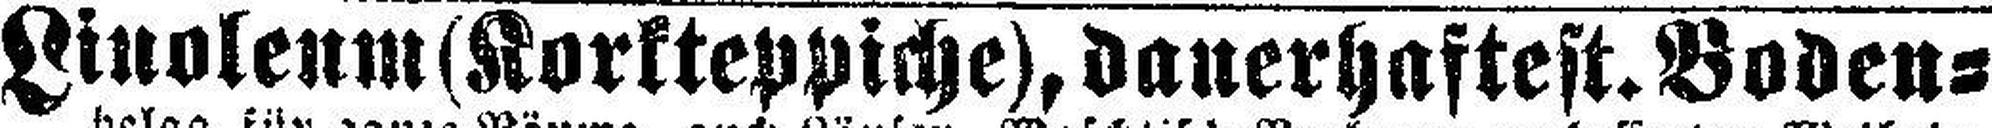
Linoleum (Korkteppiche), dauerhaftest. Boden¬